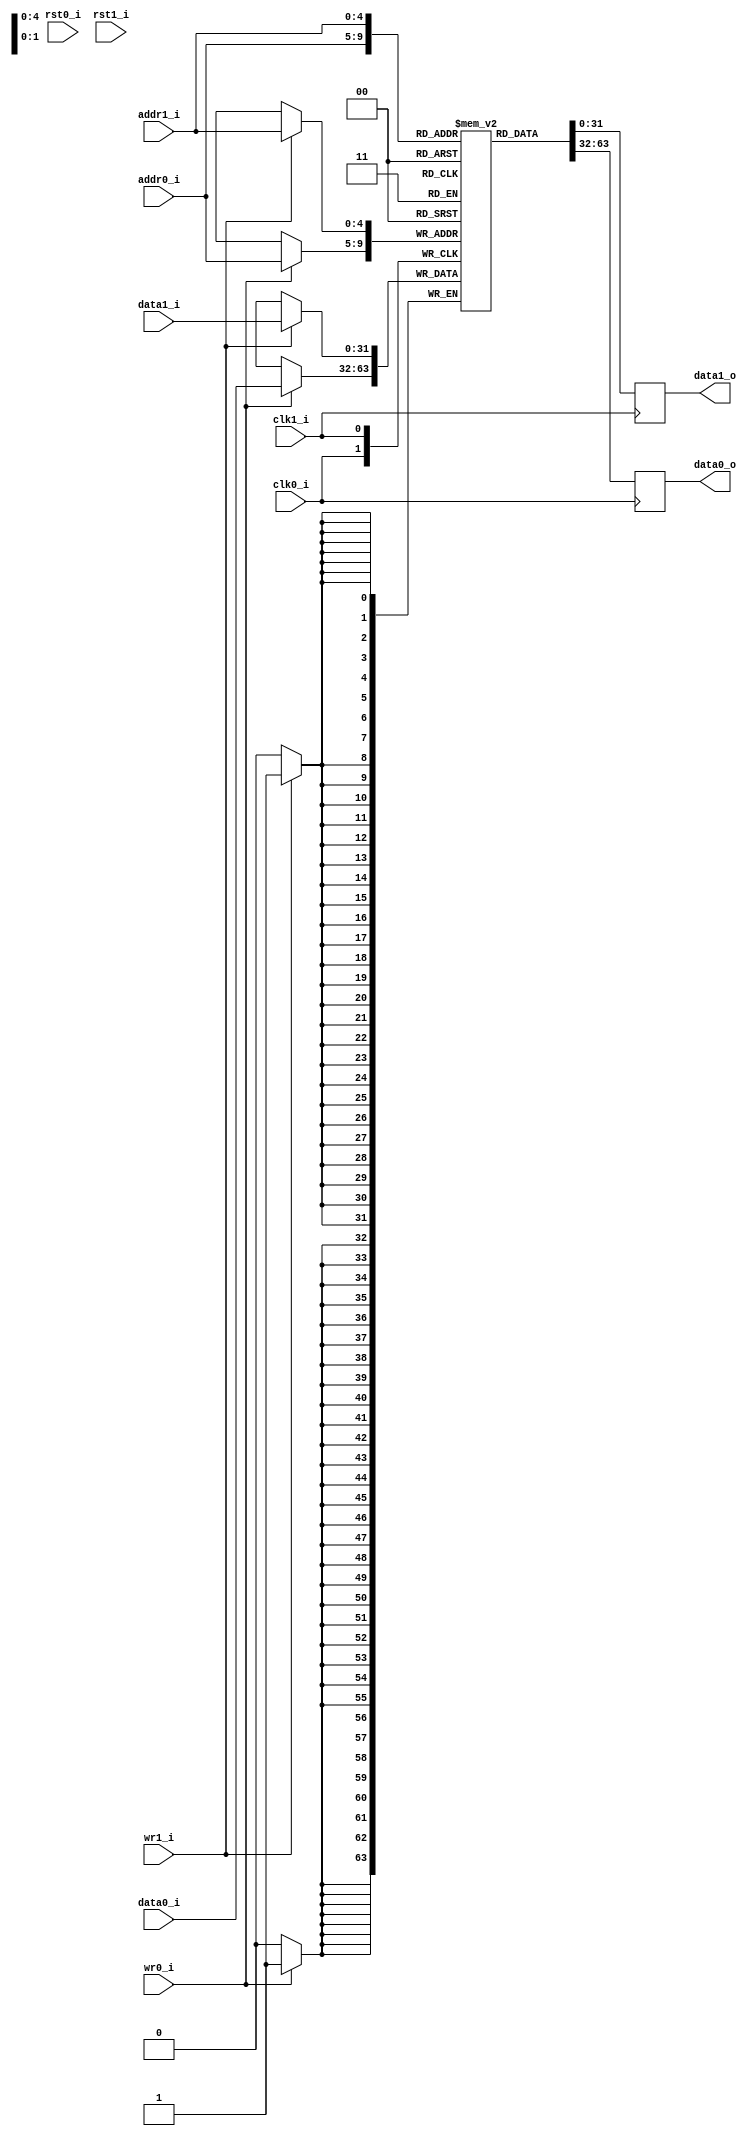
module jpeg_idct_transpose_ram
(
    // Inputs
     input           clk0_i
    ,input           rst0_i
    ,input  [  4:0]  addr0_i
    ,input  [ 31:0]  data0_i
    ,input           wr0_i
    ,input           clk1_i
    ,input           rst1_i
    ,input  [  4:0]  addr1_i
    ,input  [ 31:0]  data1_i
    ,input           wr1_i

    // Outputs
    ,output [ 31:0]  data0_o
    ,output [ 31:0]  data1_o
);



//-----------------------------------------------------------------
// Dual Port RAM
// Mode: Read First
//-----------------------------------------------------------------
/* verilator lint_off MULTIDRIVEN */
reg [31:0]   ram [31:0] /*verilator public*/;
/* verilator lint_on MULTIDRIVEN */

reg [31:0] ram_read0_q;
reg [31:0] ram_read1_q;


// Synchronous write
always @ (posedge clk0_i)
begin
    if (wr0_i)
        ram[addr0_i][31:0] <= data0_i[31:0];

    ram_read0_q <= ram[addr0_i];
end

always @ (posedge clk1_i)
begin
    if (wr1_i)
        ram[addr1_i][31:0] <= data1_i[31:0];

    ram_read1_q <= ram[addr1_i];
end


assign data0_o = ram_read0_q;
assign data1_o = ram_read1_q;



endmodule